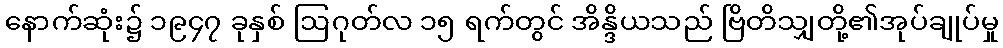
နောက်ဆုံး၌ ၁၉၄၇ ခုနှစ် ဩဂုတ်လ ၁၅ ရက်တွင် အိန္ဒိယသည် ဗြိတိသျှတို့၏အုပ်ချုပ်မှု